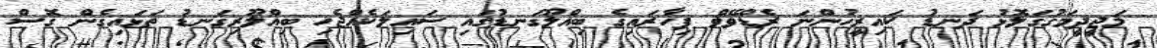
މަޖީދީމަގުގަލޮޅު ދަނޑު ކައިރީހުންނަ ރެޑްވޭވް ފިހާރައިގެ ބިއްލޫގަނޑުގައި ސައިލަކެއްޖެހި ބިއްލޫރިގަނޑު ތަޅައިގެން ގޮސް